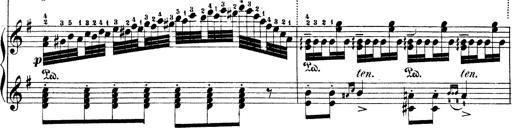
Title: Illustrations de l'opÃ©ra L'Africaine
Composer: Franz Liszt